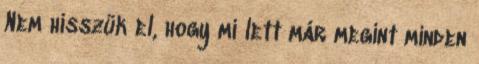
Nem hisszük el, hogy mi lett már megint minden